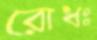
রোধঃ